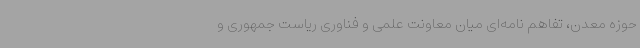
حوزه معدن، تفاهم نامه‌ای میان معاونت علمی و فناوری ریاست جمهوری و